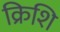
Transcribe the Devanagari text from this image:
क्रिशि